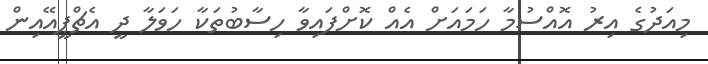
މިއަދުގެ އިރު އޮއްސުމާ ހަމައަށް އެއް ކޮށްފައިވާ ހިސާބުތަކާ ހަވަލާ ދީ އެޗްޕީއޭއިން